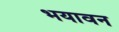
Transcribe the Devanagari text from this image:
भयावन